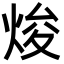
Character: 焌